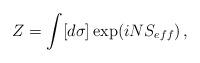
LaTeX: \begin{align*}Z=\int [d\sigma] \exp(i N S_{eff})\, ,\end{align*}